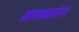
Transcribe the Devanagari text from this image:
सगळय़ांना